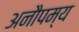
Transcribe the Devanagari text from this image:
अनौपम्य